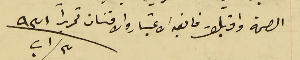
الصحة واقبلوا فايق الاعتبار والامتنان تحريراً  ٣ اب سنة ٩٣١